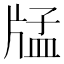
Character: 𤗖